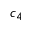
c _ { 4 }